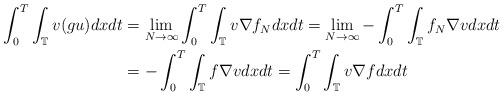
LaTeX: \begin{align*}\int_{0}^{T}\int_{\mathbb{T}}v(gu)dxdt & =\lim_{N\rightarrow\infty}\int_{0}^{T}\int_{\mathbb{T}}v\nabla f_{N}dxdt=\lim_{N\rightarrow\infty}-\int_{0}^{T}\int_{\mathbb{T}}f_{N}\nabla vdxdt\\ & =-\int_{0}^{T}\int_{\mathbb{T}}f\nabla vdxdt=\int_{0}^{T}\int_{\mathbb{T}}v\nabla fdxdt\end{align*}